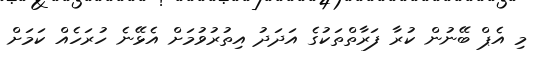
މި އެޕް ބޭނުން ކުރާ ފަރާތްތަކުގެ އަދަދު އިތުރުވުމަށް އެޅޭނެ ހުރަހެއް ކަމަށް